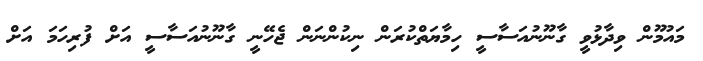
މައުމޫން ވިދާޅުވީ ގާނޫނުއަސާސީ ހިމާޔަތްކުރަން ނިކުންނަން ޖެހޭނީ ގާނޫނުއަސާސީ އަށް ފުރިހަމަ އަށް